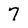
Character: 7